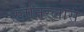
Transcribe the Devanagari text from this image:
स्तैनिस्लास